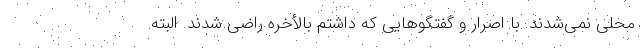
محلی نمی‌شدند. با اصرار و گفتگو‌هایی که داشتم بالأخره راضی شدند. البته